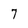
Character: 7